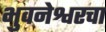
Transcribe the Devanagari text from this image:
भुवनेश्वरचा